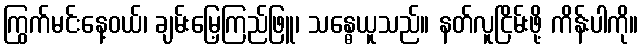
ကြွက်မင်းနေ့ဝယ်၊ ချမ်းမြေ့ကြည်ဖြူ၊ သန္ဓေယူသည်။ နတ်လူငြိမ်းဖို့ ကိန်းပါကို။